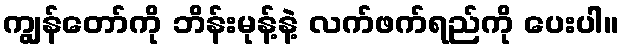
ကျွန်တော်ကို ဘိန်းမုန့်နဲ့ လက်ဖက်ရည်ကို ပေးပါ။